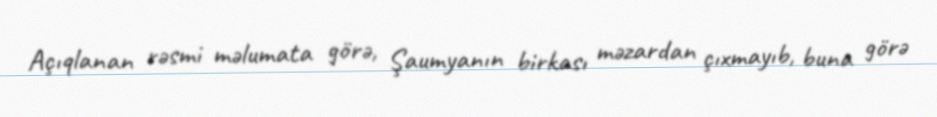
Açıqlanan rəsmi məlumata görə, Şaumyanın birkası məzardan çıxmayıb, buna görə